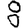
Digit: 8